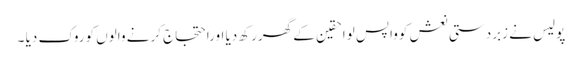
پولیس نے زبردستی نعش کوواپس لواحقین کے گھررکھ دیا اوراحتجاج کرنے والوں کوروک دیا ۔